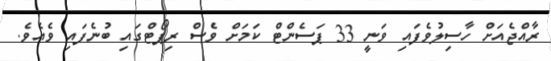
ރާއްޖެއަށް ހާސިލުވެފައި ވަނީ 33 ޕަސެންޓް ކަމަށް ވެސް ރިޕޯޓްގައި ބުނެފައި ވެއެވެ.